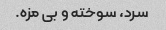
سرد، سوخته و بی مزه.